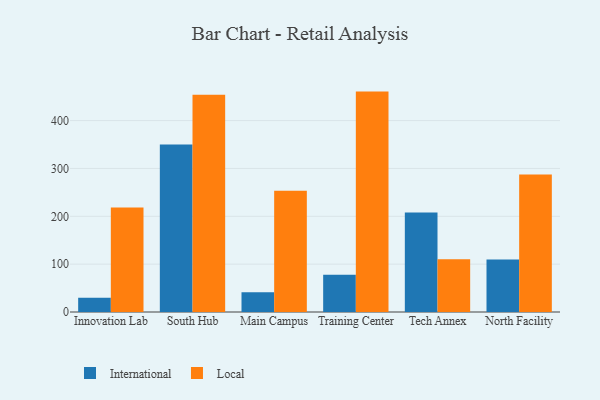
{"axis": {"x": "Campus", "y": "Page Views"}, "legend": ["International", "Local"], "data": [{"x": "Innovation Lab", "y": 29.9, "type": "International"}, {"x": "Innovation Lab", "y": 218.4, "type": "Local"}, {"x": "South Hub", "y": 350.1, "type": "International"}, {"x": "South Hub", "y": 454.2, "type": "Local"}, {"x": "Main Campus", "y": 41.2, "type": "International"}, {"x": "Main Campus", "y": 253.4, "type": "Local"}, {"x": "Training Center", "y": 77.7, "type": "International"}, {"x": "Training Center", "y": 460.6, "type": "Local"}, {"x": "Tech Annex", "y": 207.8, "type": "International"}, {"x": "Tech Annex", "y": 110.1, "type": "Local"}, {"x": "North Facility", "y": 109.6, "type": "International"}, {"x": "North Facility", "y": 287.5, "type": "Local"}]}